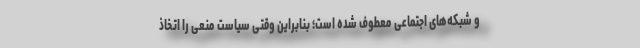
و شبکه‌های اجتماعی معطوف شده است؛ بنابراین وقتی سیاست منعی را اتخاذ